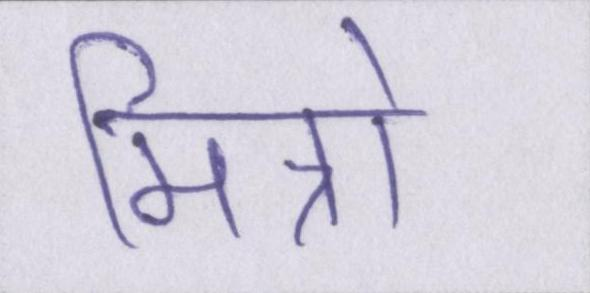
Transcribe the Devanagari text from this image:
मित्रो